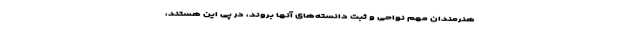
هنرمندان مهم نواحی و ثبت دانسته‌های آنها بروند، در پی این هستند،